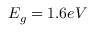
E _ { g } = 1 . 6 e V